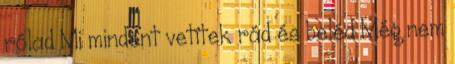
rólad Mi mindent vetítek rád és beléd Még nem